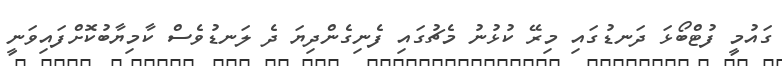
ގައުމީ ފުޓްބޯޅަ ދަނޑުގައި މިރޭ ކުޅުނު މެޗުގައި ފެނިގެންދިޔަ ދެ ލަނޑުވެސް ކާމިޔާބުކޮށްފައިވަނީ